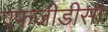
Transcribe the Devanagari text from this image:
एफजीडीसी